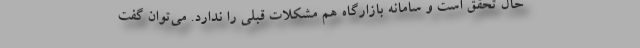
حال تحقق است و سامانه بازارگاه هم مشکلات قبلی را ندارد. می‌توان گفت